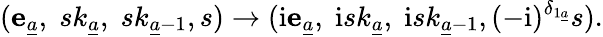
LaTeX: ({\mathbf e}_{\underline{{a}}},\; sk_{\underline{{a}}},\; sk_{{\underline{{a}}}-1},s)\to(\mathrm{i}{\mathbf e}_{\underline{{a}}},\; \mathrm{i}sk_{\underline{{a}}},\; \mathrm{i}sk_{{\underline{{a}}}-1},(-\mathrm{i})^{\delta_{1{\underline{{a}}}}}s).